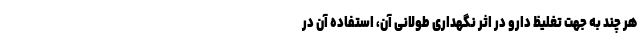
هر چند به جهت تغلیظ دارو در اثر نگهداری طولانی آن، استفاده آن در